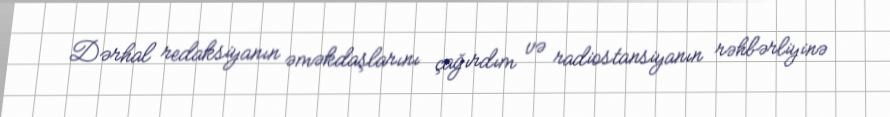
Dərhal redaksiyanın əməkdaşlarını çağırdım və radiostansiyanın rəhbərliyinə